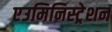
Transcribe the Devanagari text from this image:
एउमिनिस्ट्रेशन